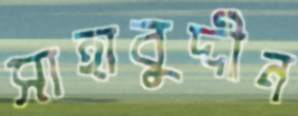
সাহাবুদ্দীন